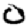
Digit: 0